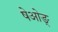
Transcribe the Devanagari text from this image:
षेओङ्